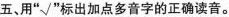
五、用”√”标出加点多音字的正确读音。